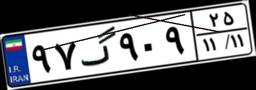
۴۳گ۱۹۲۳۷